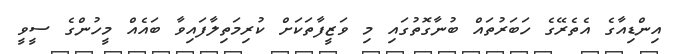
އިންޑިއާގެ އެތެރޭގެ ހަބަރުތައް ބުނާގޮތުގައި މި ވަޒީފާތަކަށް ކުރިމަތިލާފައިވާ ބައެއް މީހުންގެ ސީވީ